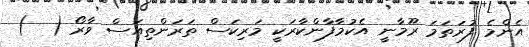
އެންމެ ފުރަތަމަ ރޫމާނީ އެކުމާފާންކާރަކީ މަރިކަސް ތަރަންތިއަސް ވާރޯ (  )